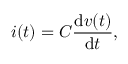
i ( t ) = C { \frac { \mathrm { d } v ( t ) } { \mathrm { d } t } } ,